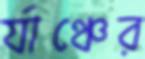
র‍্যাঞ্চের